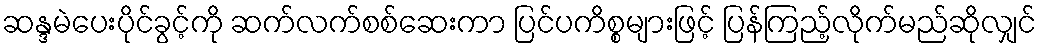
ဆန္ဒမဲပေးပိုင်ခွင့်ကို ဆက်လက်စစ်ဆေးကာ ပြင်ပကိစ္စများဖြင့် ပြန်ကြည့်လိုက်မည်ဆိုလျှင်